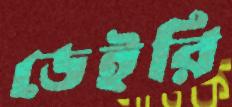
ডেইরি